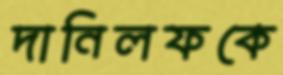
দানিলফকে